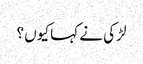
لڑکی نے کہا کیوں ؟